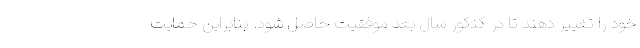
خود را تغییر دهند تا در کنکور سال بعد موفقیت حاصل شود. بنابراین حمایت